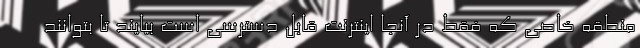
منطقه خاصی که فقط در آنجا اینترنت قابل دسترسی است بیایند تا بتوانند